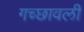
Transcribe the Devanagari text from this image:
गच्छावली